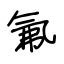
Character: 氟